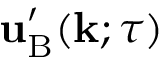
{ \bf { u } } _ { \mathrm { { B } } } ^ { \prime } ( { \bf { k } } ; \tau )